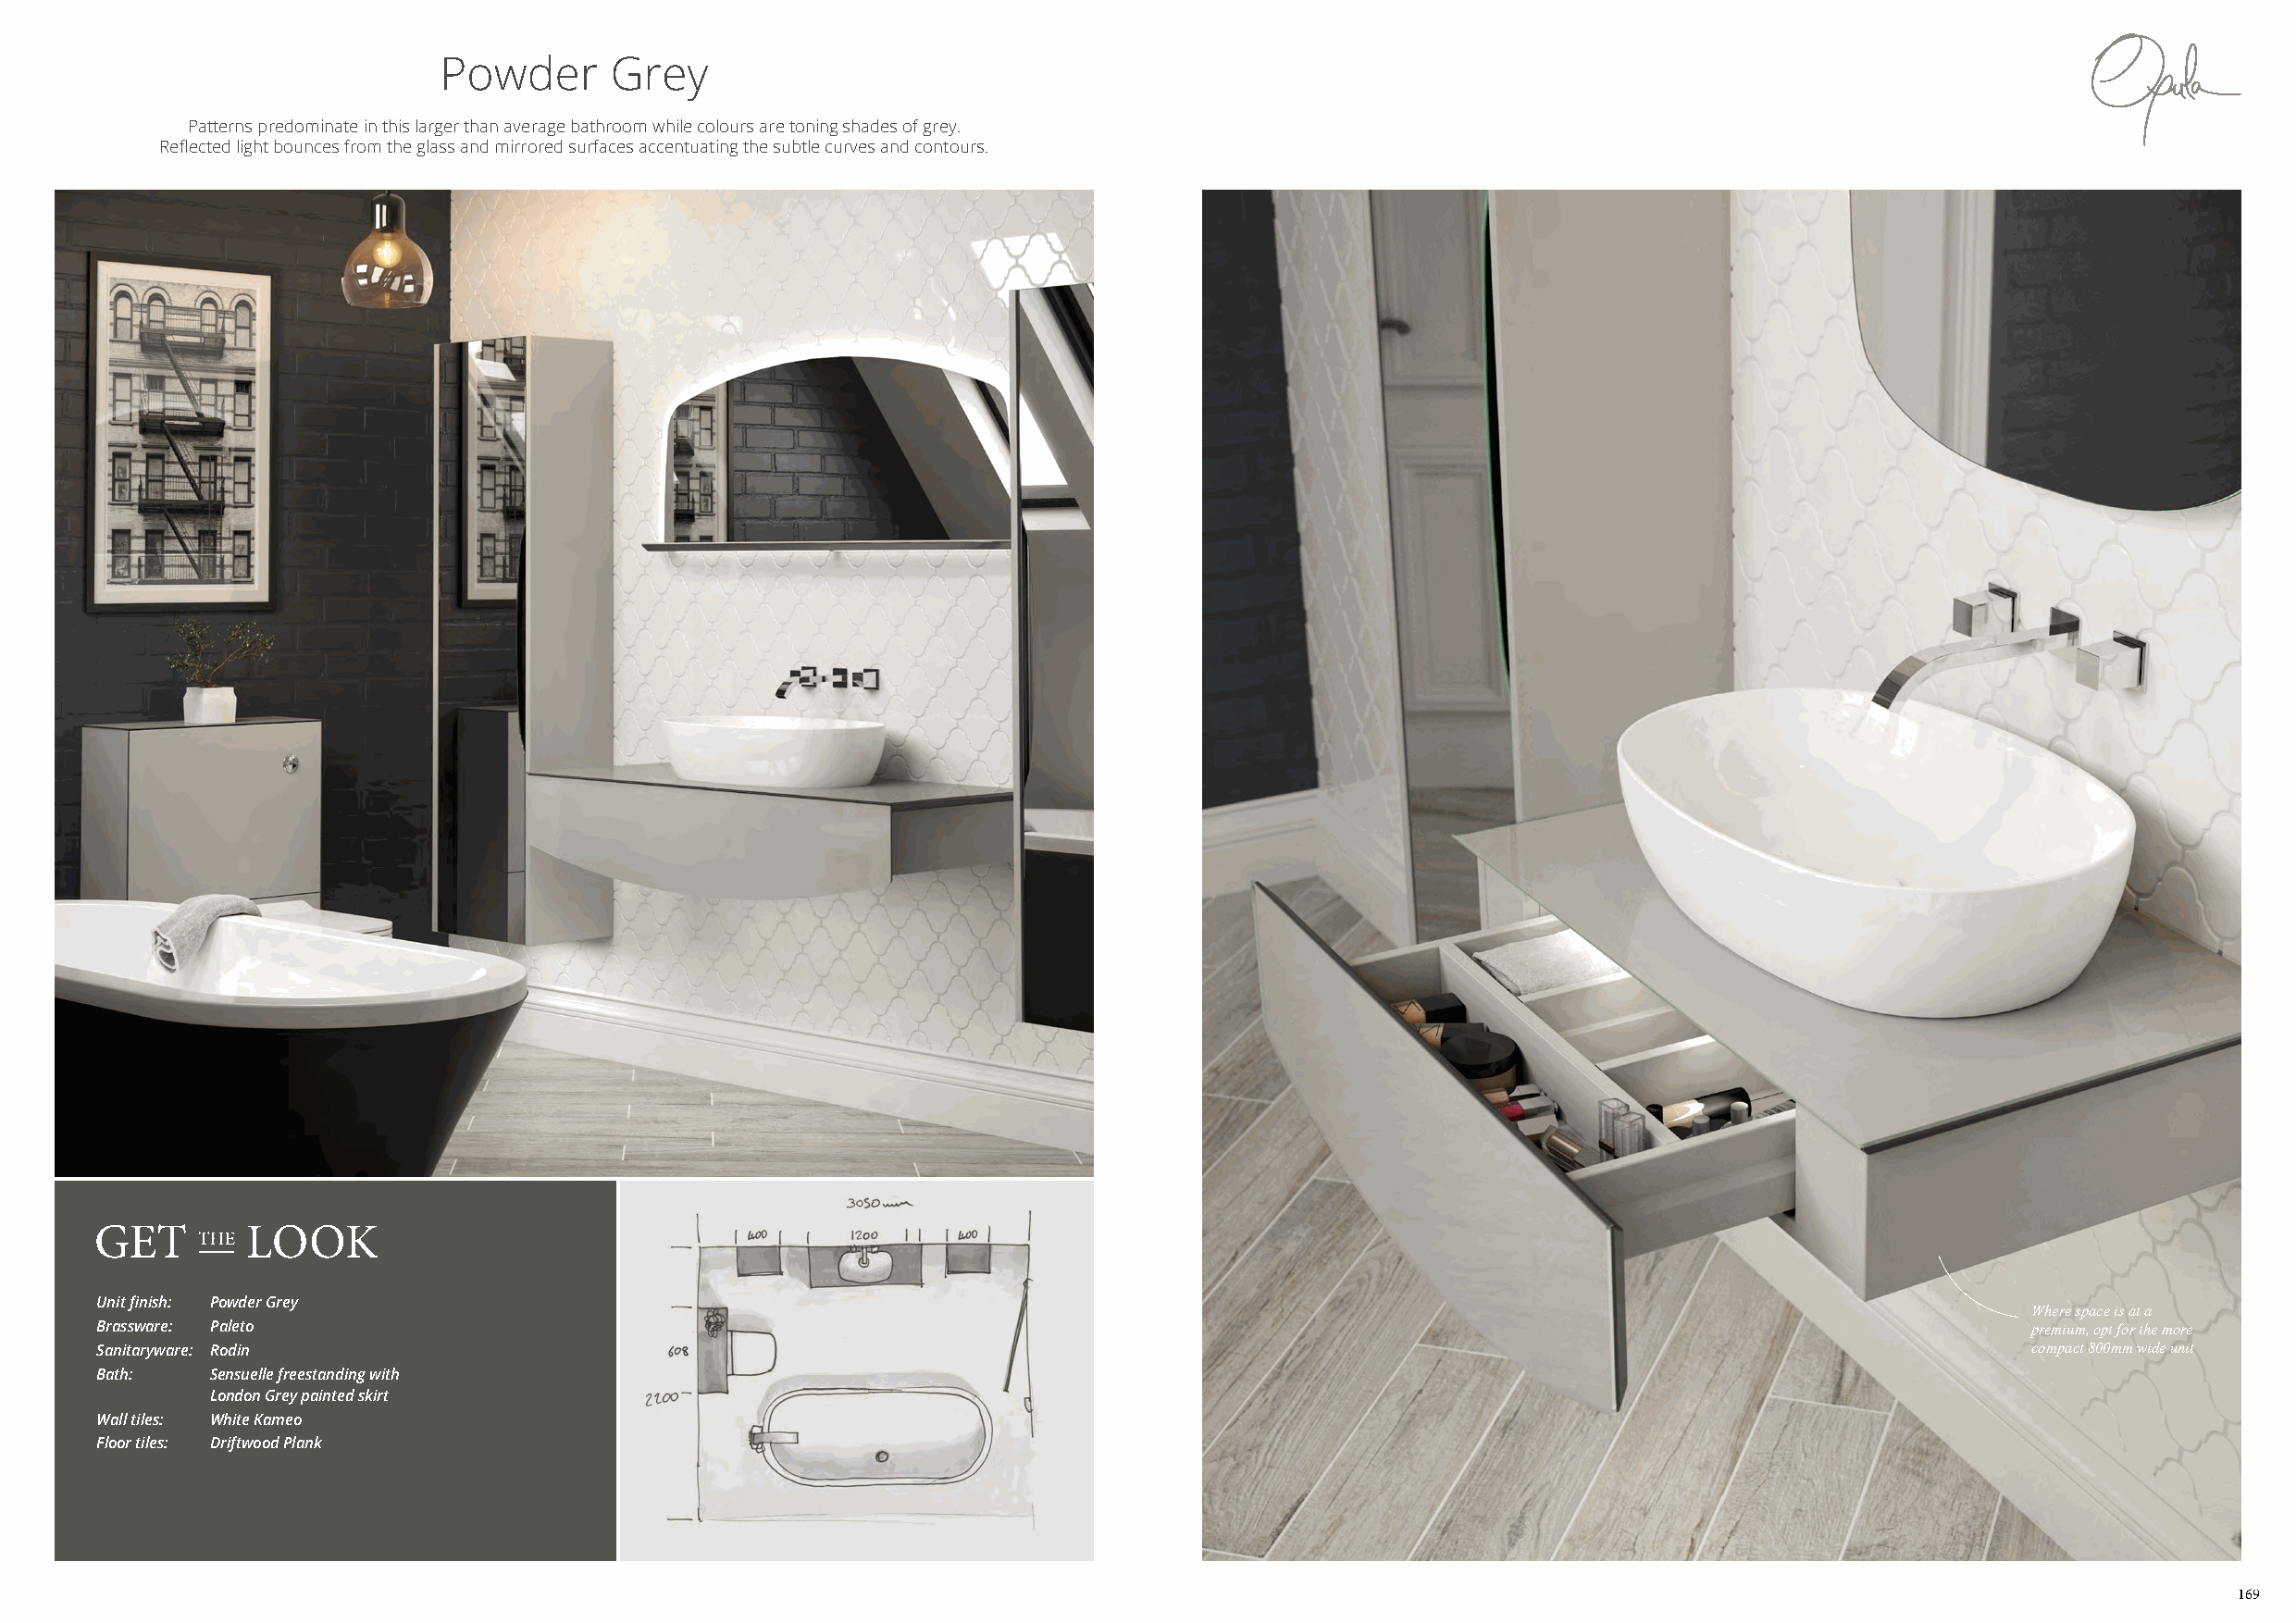
Powder       Grey
 Patterns predominate in this larger than average bathroom while colours are toning shades of grey.
 Reflected light bounces from the glass and mirrored surfaces accentuating the subtle curves and contours.
 Unit finish: Powder Grey
 Where space is at a
 Brassware: Paleto                                                                                                                         premium, opt for the more
 Sanitaryware: Rodin                                                                                                                       compact 800mm wide unit
 Bath:   Sensuelle freestanding with
 London Grey painted skirt
 Wall tiles: White Kameo
 Floor tiles: Driftwood Plank
 169